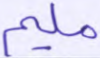
مليم